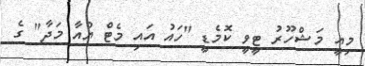
މިއީ މަޝްހޫރު ޓީވީ ކޮމެޑީ "ހައު އައި މެޓް ޔުއާ މަދާ" ގެ